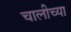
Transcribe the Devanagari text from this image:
चालीच्या